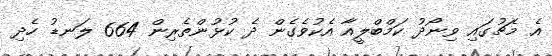
އެ މެޗުގައި ވިނޯދު ކަމްބްލީއާ އެކުވެގެން ދެ ކުޅުންތެރިން 664 ލަނޑު ހެދި